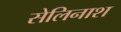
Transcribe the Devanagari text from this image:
सेलिनाश